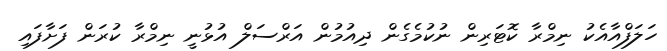
ހަލަފްއާއެކު ނިމްރާ ކޮޓަރިން ނުކުމެގެން ދިއުމުން އަރްސަލް އުޅުނީ ނިމްރާ ކުރަން ފަށާފައި